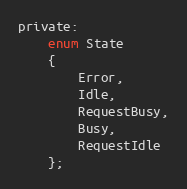
Language: C
private:
    enum State
    {
        Error,
        Idle,
        RequestBusy,
        Busy,
        RequestIdle
    };